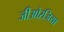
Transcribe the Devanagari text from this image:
जीओरजिया